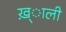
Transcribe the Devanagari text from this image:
ख़्ाली